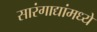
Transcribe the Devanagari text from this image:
सारंगाद्यांमध्ये